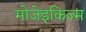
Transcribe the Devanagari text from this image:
मोजेइकिज्म